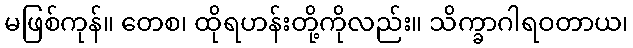
မဖြစ်ကုန်။ တေစ၊ ထိုရဟန်းတို့ကိုလည်း။ သိက္ခာဂါရဝတာယ၊